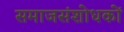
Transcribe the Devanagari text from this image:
समाजसंशोधकों